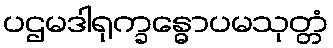
ပဌမဒါရုက္ခန္ဓောပမသုတ္တံ